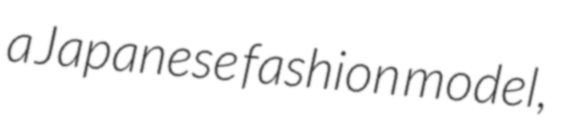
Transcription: a Japanese fashion model,